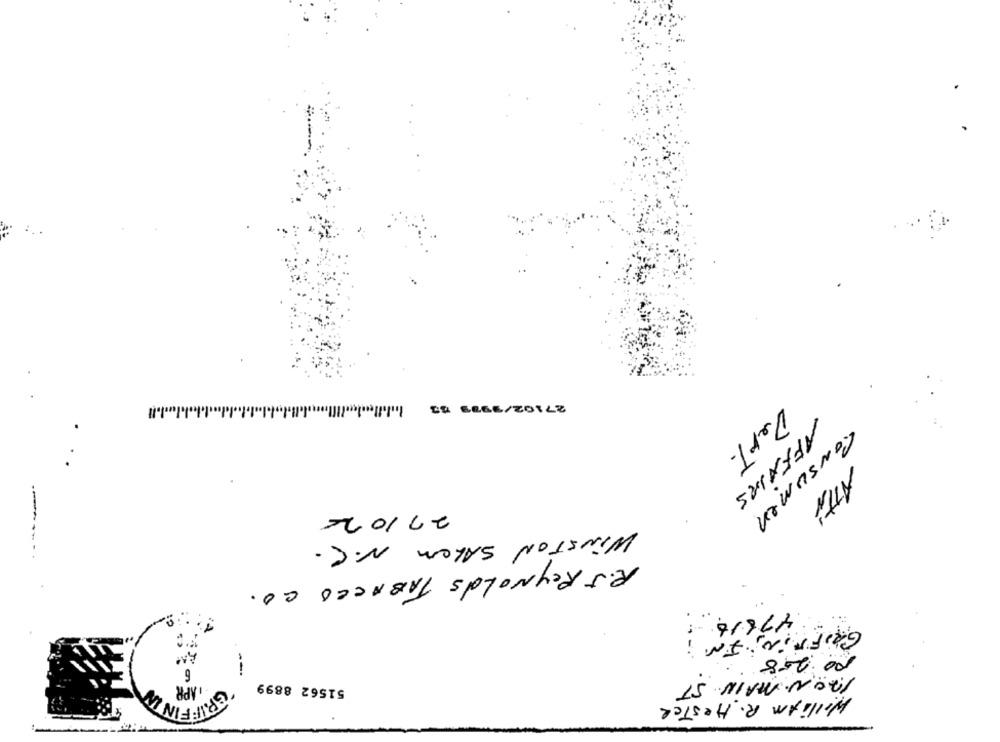
.11
27102/1975 53
DerT.
AFFAIRS
ATTi
27/02
CONSUmen
WINSTON SALEM N.C.
R.J. Reynolds TABACCO CO.
47816
GRIFFIN, IN:
NO.258
---
KRON. MAIN ST
, APR
51562 8899
TARIFFINI
William R. Hester